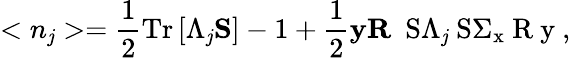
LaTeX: <n_{\mathit{j}}>=\frac{1}{2}\mathrm{{T}}\mathrm{{r}}\left[\Lambda_{\mathit{j}}{\mathbf{S}}\right]-1+\frac{1}{2}{\mathbf{y}}{\mathbf{R}}\mathrm{{~{\mathbf{~}S}\Lambda_{\mathit{j}}{\mathbf{~}S}\Sigma_{x}{\mathbf{~}R}{\mathbf{~}y}~}},